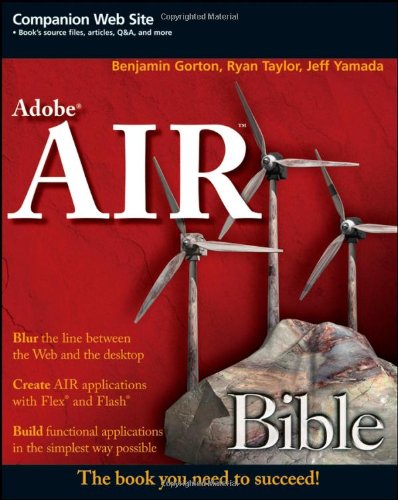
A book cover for Adobe AIR Bible; Benjamin Gorton; Computers & Technology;